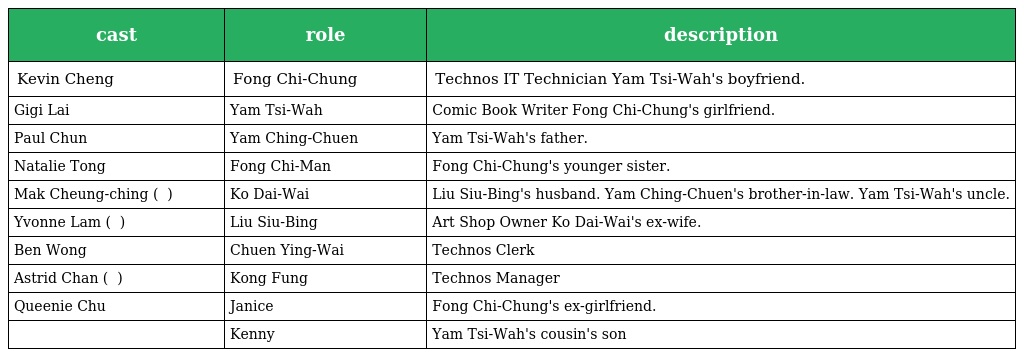
| cast | role | description |
 | --- | --- | --- |
 | Kevin Cheng | Fong Chi-Chung 方子聰 | Technos IT Technician Yam Tsi-Wah's boyfriend. |
 | Gigi Lai | Yam Tsi-Wah 任芝華 | Comic Book Writer Fong Chi-Chung's girlfriend. |
 | Paul Chun | Yam Ching-Chuen 任清泉 | Yam Tsi-Wah's father. |
 | Natalie Tong | Fong Chi-Man 方子敏 | Fong Chi-Chung's younger sister. |
 | Mak Cheung-ching ( 麥長青 ) | Ko Dai-Wai 高大威 | Liu Siu-Bing's husband. Yam Ching-Chuen's brother-in-law. Yam Tsi-Wah's uncle. |
 | Yvonne Lam ( 林漪娸 ) | Liu Siu-Bing 廖小冰 | Art Shop Owner Ko Dai-Wai's ex-wife. |
 | Ben Wong | Chuen Ying-Wai 全英偉 | Technos Clerk |
 | Astrid Chan ( 陳芷菁 ) | Kong Fung 江風 | Technos Manager |
 | Queenie Chu | Janice | Fong Chi-Chung's ex-girlfriend. |
 | 莫凯谦 | Kenny 仔 | Yam Tsi-Wah's cousin's son |